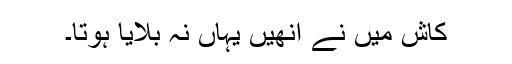
کاش میں نے انھیں یہاں نہ بلایا ہوتا۔